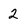
Character: 2